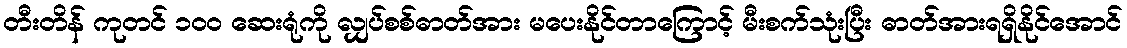
တီးတိန် ကုတင် ၁၀၀ ဆေးရုံကို လျှပ်စစ်ဓာတ်အား မပေးနိုင်တာကြောင့် မီးစက်သုံးပြီး ဓာတ်အားရရှိနိုင်အောင်